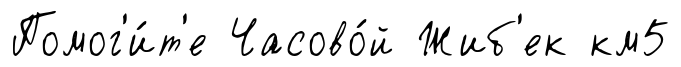
Помог'и́т'е Часово́й Жиб'ек км5